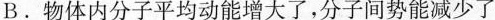
B.物体内分子平均动能增大了，分子间势能减少了